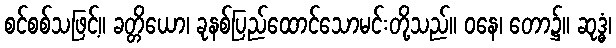
စင်စစ်သဖြင့်။ ခတ္တိယော၊ ခုနစ်ပြည်ထောင်သောမင်းတို့သည်။ ဝနေ၊ တော၌။ ဆုဒ္ဓံ၊